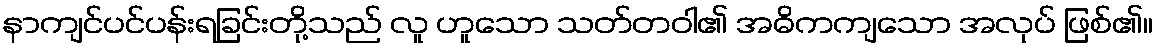
နာကျင်ပင်ပန်းရခြင်းတို့သည် လူ ဟူသော သတ်တဝါ၏ အဓိကကျသော အလုပ် ဖြစ်၏။